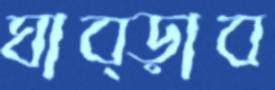
ঘাব্‌ড়াব